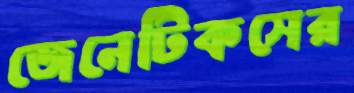
জেনেটিকসের